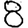
Digit: 8